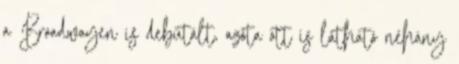
a Broadwayen is debütált, azóta ott is látható néhány